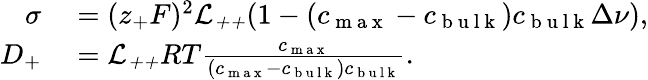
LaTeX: \begin{array}{rl}{\sigma}&{{}=(z_{+}F)^{2}\mathcal{L_{++}}(1-(c_{\mathrm{~m~a~x~}}-c_{\mathrm{~b~u~l~k~}})c_{\mathrm{~b~u~l~k~}}\Delta\nu),}\\ {D_{+}}&{{}=\mathcal{L_{++}}RT\frac{c_{\mathrm{~m~a~x~}}}{(c_{\mathrm{~m~a~x~}}-c_{\mathrm{~b~u~l~k~}})c_{\mathrm{~b~u~l~k~}}}.}\end{array}